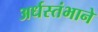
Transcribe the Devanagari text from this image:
अर्धस्तंभाने